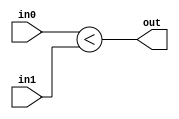
module coreir_slt #(
    parameter width = 1
) (
    input [width-1:0] in0,
    input [width-1:0] in1,
    output out
);
  assign out = $signed(in0) < $signed(in1);
endmodule

module coreir_slt4_wrapped (
    input [3:0] I0,
    input [3:0] I1,
    output O
);
wire coreir_slt4_inst0_out;
coreir_slt #(
    .width(4)
) coreir_slt4_inst0 (
    .in0(I0),
    .in1(I1),
    .out(coreir_slt4_inst0_out)
);
assign O = coreir_slt4_inst0_out;
endmodule